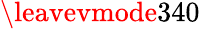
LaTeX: \leavevmode{340}